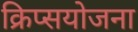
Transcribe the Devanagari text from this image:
क्रिप्सयोजना